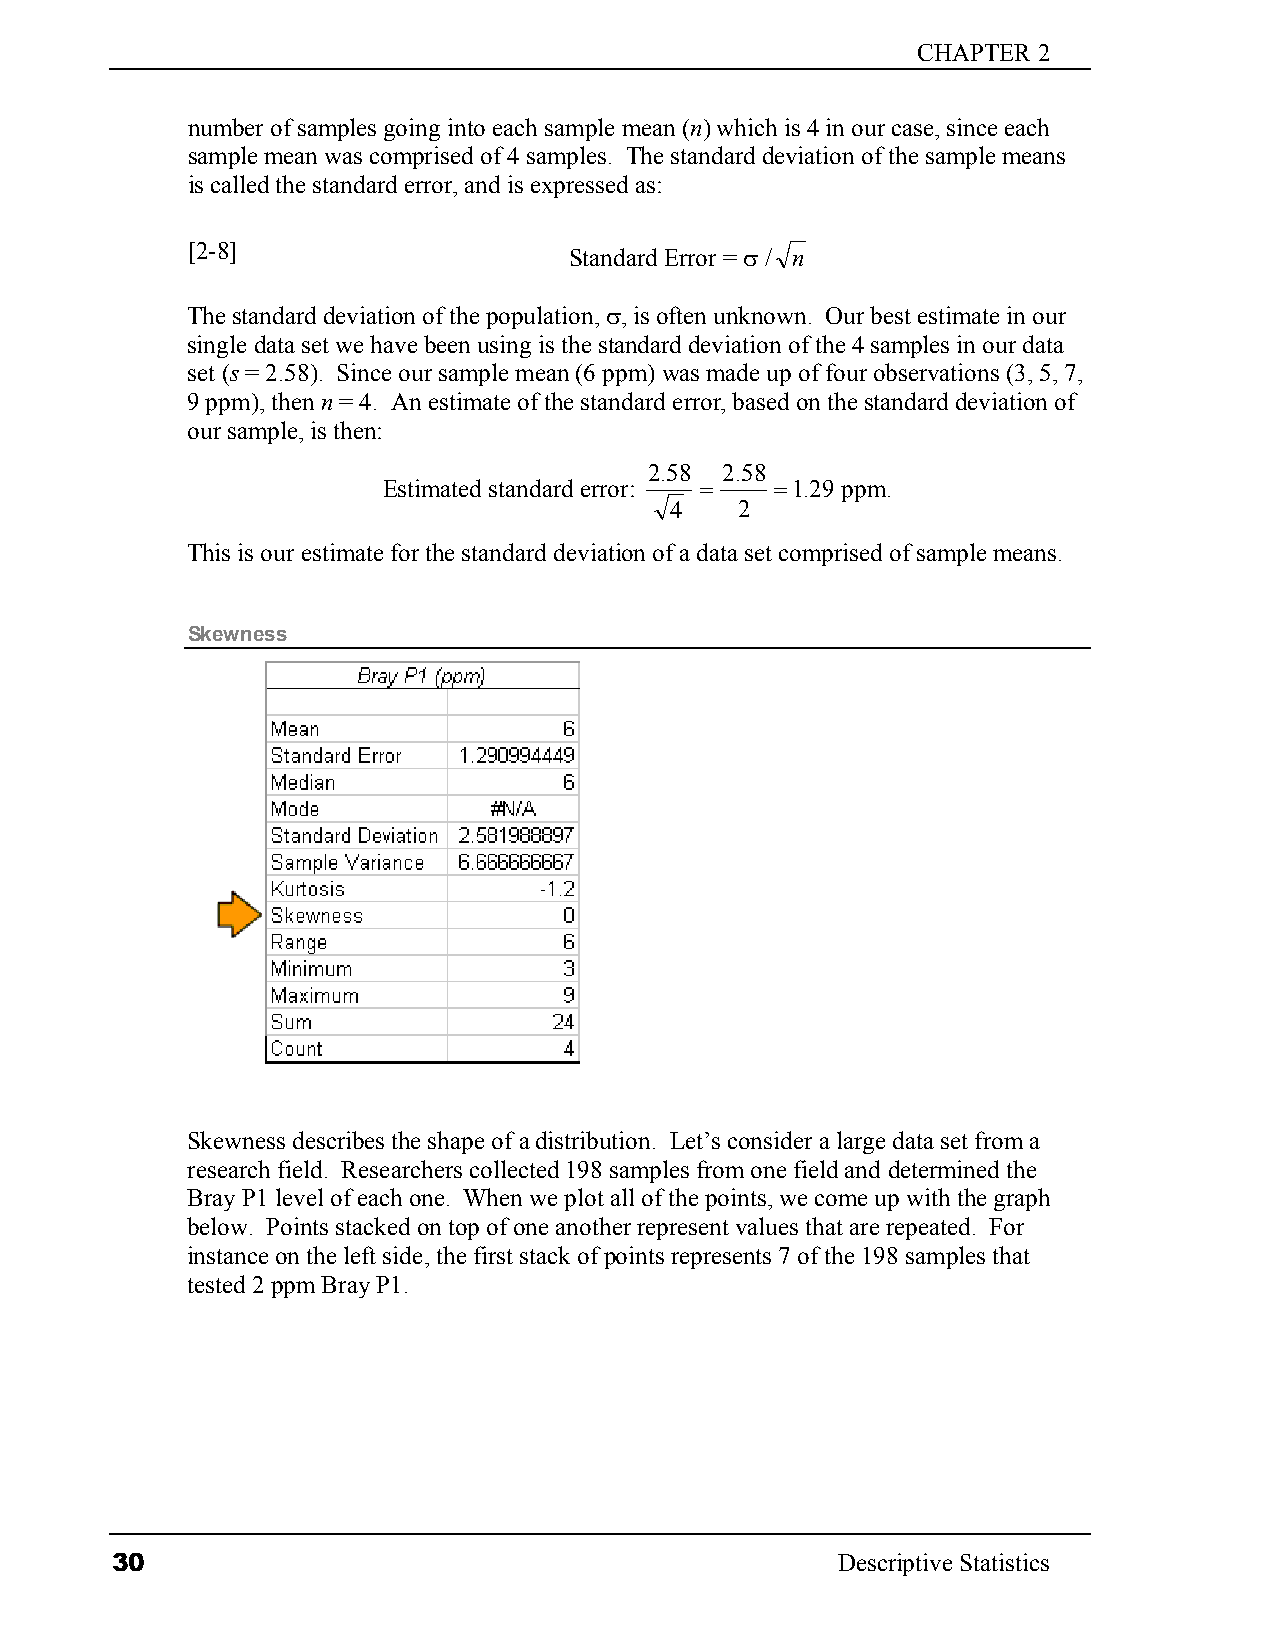
CHAPTER 2
 number of samples going into each sample mean (n) which is 4 in our case, since each
 sample mean was comprised of 4 samples. The standard deviation of the sample means
 is called the standard error, and is expressed as:
 [2-8]                     Standard Error = σ / n
 The standard deviation of the population, σ, is often unknown. Our best estimate in our
 single data set we have been using is the standard deviation of the 4 samples in our data
 set (s = 2.58). Since our sample mean (6 ppm) was made up of four observations (3, 5, 7,
 9 ppm), then n = 4. An estimate of the standard error, based on the standard deviation of
 our sample, is then:
 2.58 2.58
 Estimated standard error: = =1.29 ppm.
 4    2
 This is our estimate for the standard deviation of a data set comprised of sample means.
 Skewness
 Skewness describes the shape of a distribution. Let’s consider a large data set from a
 research field. Researchers collected 198 samples from one field and determined the
 Bray P1 level of each one. When we plot all of the points, we come up with the graph
 below. Points stacked on top of one another represent values that are repeated. For
 instance on the left side, the first stack of points represents 7 of the 198 samples that
 tested 2 ppm Bray P1.
 30                                              Descriptive Statistics